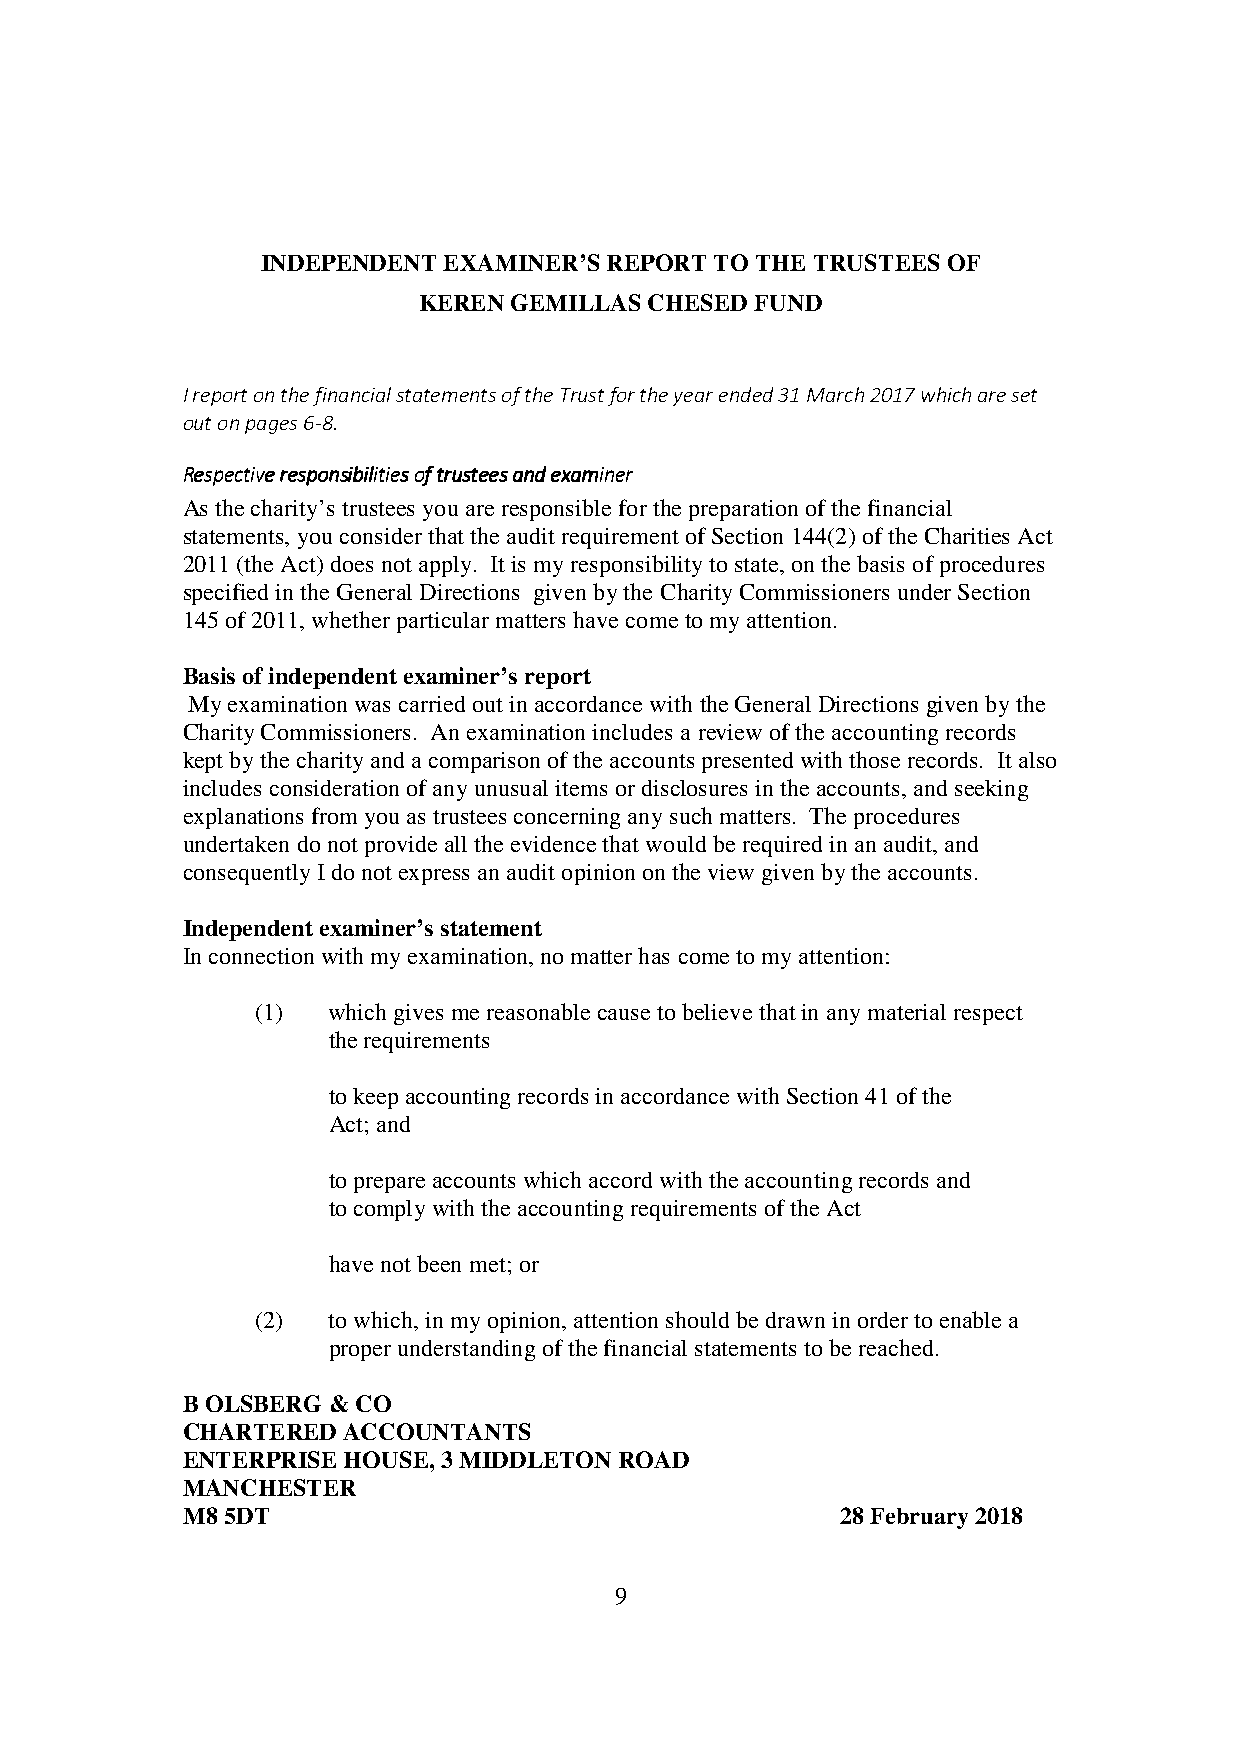
INDEPENDENT EXAMINER’S REPORT TO THE TRUSTEES OF
 KEREN GEMILLAS CHESED FUND
 I report on the financial statements of the Trust for the year ended 31 March 2017 which are set
 out on pages 6-8.
 RRRReeeessssppppeeeeccccttttiiiivvvveeee rrrreeeessssppppoooonnnnssssiiiibbbbiiiilllliiiittttiiiieeeessss ooooffff ttttrrrruuuusssstttteeeeeeeessss aaaannnndddd eeeexxxxaaaammmmiiiinnnneeeerrrr
 As the charity’s trustees you are responsible for the preparation of the financial
 statements, you consider that the audit requirement of Section 144(2) of the Charities Act
 2011 (the Act) does not apply. It is my responsibility to state, on the basis of procedures
 specified in the General Directions given by the Charity Commissioners under Section
 145 of 2011, whether particular matters have come to my attention.
 Basis of independent examiner’s report
 My examination was carried out in accordance with the General Directions given by the
 Charity Commissioners. An examination includes a review of the accounting records
 kept by the charity and a comparison of the accounts presented with those records. It also
 includes consideration of any unusual items or disclosures in the accounts, and seeking
 explanations from you as trustees concerning any such matters. The procedures
 undertaken do not provide all the evidence that would be required in an audit, and
 consequently I do not express an audit opinion on the view given by the accounts.
 Independent examiner’s statement
 In connection with my examination, no matter has come to my attention:
 (1)  which gives me reasonable cause to believe that in any material respect
 the requirements
 to keep accounting records in accordance with Section 41 of the
 Act; and
 to prepare accounts which accord with the accounting records and
 to comply with the accounting requirements of the Act
 have not been met; or
 (2)  to which, in my opinion, attention should be drawn in order to enable a
 proper understanding of the financial statements to be reached.
 B OLSBERG & CO
 CHARTERED  ACCOUNTANTS
 ENTERPRISE HOUSE, 3 MIDDLETON ROAD
 MANCHESTER
 M8 5DT                                      28 February 2018
 9